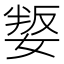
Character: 𡞟